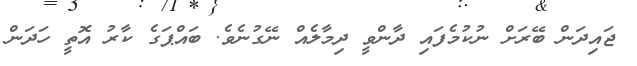
ޖައިދަން ބޭރަށް ނުކުމެފައި ދާންވީ ދިމާލެއް ނޭގުނެވެ. ބައްޕަގެ ކާރު އޮތީ ހަދަން